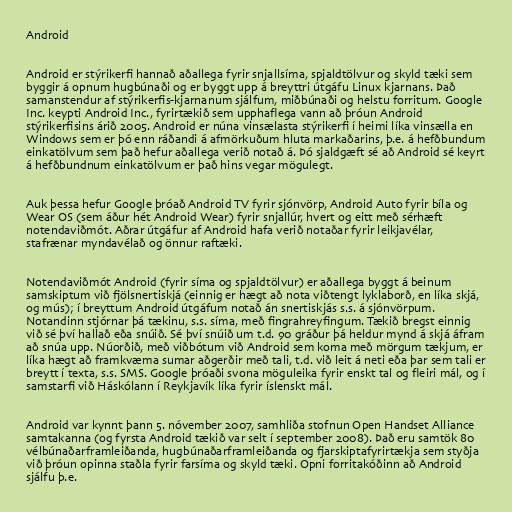
Android

Android er stýrikerfi hannað aðallega fyrir snjallsíma, spjaldtölvur og skyld tæki sem
byggir á opnum hugbúnaði og er byggt upp á breyttri útgáfu Linux kjarnans. Það
samanstendur af stýrikerfis-kjarnanum sjálfum, miðbúnaði og helstu forritum. Google
Inc. keypti Android Inc., fyrirtækið sem upphaflega vann að þróun Android
stýrikerfisins árið 2005. Android er núna vinsælasta stýrikerfi í heimi líka vinsælla en
Windows sem er þó enn ráðandi á afmörkuðum hluta markaðarins, þ.e. á hefðbundum
einkatölvum sem það hefur aðallega verið notað á. Þó sjaldgæft sé að Android sé keyrt
á hefðbundnum einkatölvum er það hins vegar mögulegt.

Auk þessa hefur Google þróað Android TV fyrir sjónvörp, Android Auto fyrir bíla og
Wear OS (sem áður hét Android Wear) fyrir snjallúr, hvert og eitt með sérhæft
notendaviðmót. Aðrar útgáfur af Android hafa verið notaðar fyrir leikjavélar,
stafrænar myndavélað og önnur raftæki.

Notendaviðmót Android (fyrir síma og spjaldtölvur) er aðallega byggt á beinum
samskiptum við fjölsnertiskjá (einnig er hægt að nota viðtengt lyklaborð, en líka skjá,
og mús); í breyttum Android útgáfum notað án snertiskjás s.s. á sjónvörpum.
Notandinn stjórnar þá tækinu, s.s. síma, með fingrahreyfingum. Tækið bregst einnig
við sé því hallað eða snúið. Sé því snúið um t.d. 90 gráður þá heldur mynd á skjá áfram
að snúa upp. Núorðið, með viðbótum við Android sem koma með mörgum tækjum, er
líka hægt að framkvæma sumar aðgerðir með tali, t.d. við leit á neti eða þar sem tali er
breytt í texta, s.s. SMS. Google þróaði svona möguleika fyrir enskt tal og fleiri mál, og í
samstarfi við Háskólann í Reykjavík líka fyrir íslenskt mál.

Android var kynnt þann 5. nóvember 2007, samhliða stofnun Open Handset Alliance
samtakanna (og fyrsta Android tækið var selt í september 2008). Það eru samtök 80
vélbúnaðarframleiðanda, hugbúnaðarframleiðanda og fjarskiptafyrirtækja sem styðja
við þróun opinna staðla fyrir farsíma og skyld tæki. Opni forritakóðinn að Android
sjálfu þ.e.